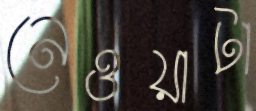
নেওয়াটা